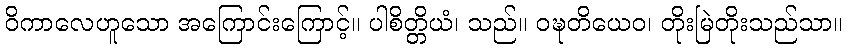
ဝိကာလေဟူသော အကြောင်းကြောင့်။ ပါစိတ္တိယံ၊ သည်။ ဝဍ္ဎတိယေဝ၊ တိုးမြဲတိုးသည်သာ။